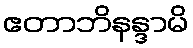
ဧတာဘိနန္ဒာမိ